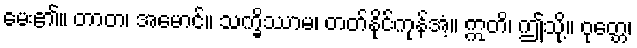
မေး၏။ တာတ၊ အမောင်။ သက္ခိဿာမ၊ တတ်နိုင်ကုန်အံ့။ ဣတိ၊ ဤသို့။ ဝုတ္တေ၊